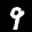
Label: 9